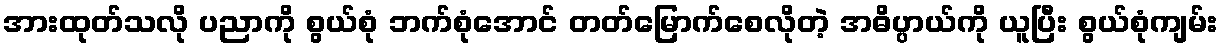
အားထုတ်သလို ပညာကို စွယ်စုံ ဘက်စုံအောင် တတ်မြောက်စေလိုတဲ့ အဓိပ္ပာယ်ကို ယူပြီး စွယ်စုံကျမ်း